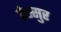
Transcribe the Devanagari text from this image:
प्रेस्सुर